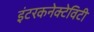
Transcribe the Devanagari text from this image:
इंटरकनेक्टेविटी